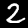
Label: 2